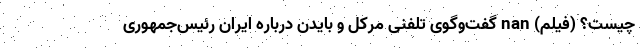
چیست؟ (فیلم) nan گفت‌وگوی تلفنی مرکل و بایدن درباره ایران رئیس‌جمهوری